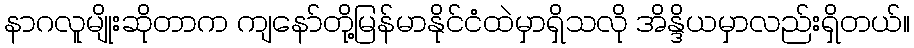
နာဂလူမျိုးဆိုတာက ကျနော်တို့မြန်မာနိုင်ငံထဲမှာရှိသလို အိန္ဒိယမှာလည်းရှိတယ်။